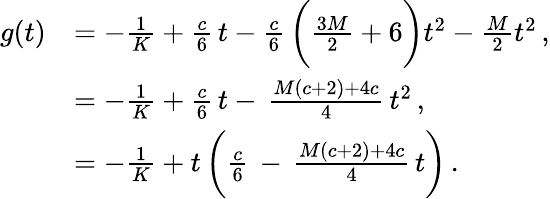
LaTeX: \begin{array}{rl}{g(t)}&{=-\frac{1}{K}+\frac{c}{6}\, t-\frac{c}{6}\, \bigg(\frac{3M}{2}+6\bigg)t^{2}-\frac{M}{2}t^{2}\, ,}\\ &{=-\frac{1}{K}+\frac{c}{6}\, t-\, \frac{M(c+2)+4c}{4}\, t^{2}\, ,}\\ &{=-\frac{1}{K}+t\, \bigg(\frac{c}{6}\, -\, \frac{M(c+2)+4c}{4}\, t\bigg)\, .}\end{array}